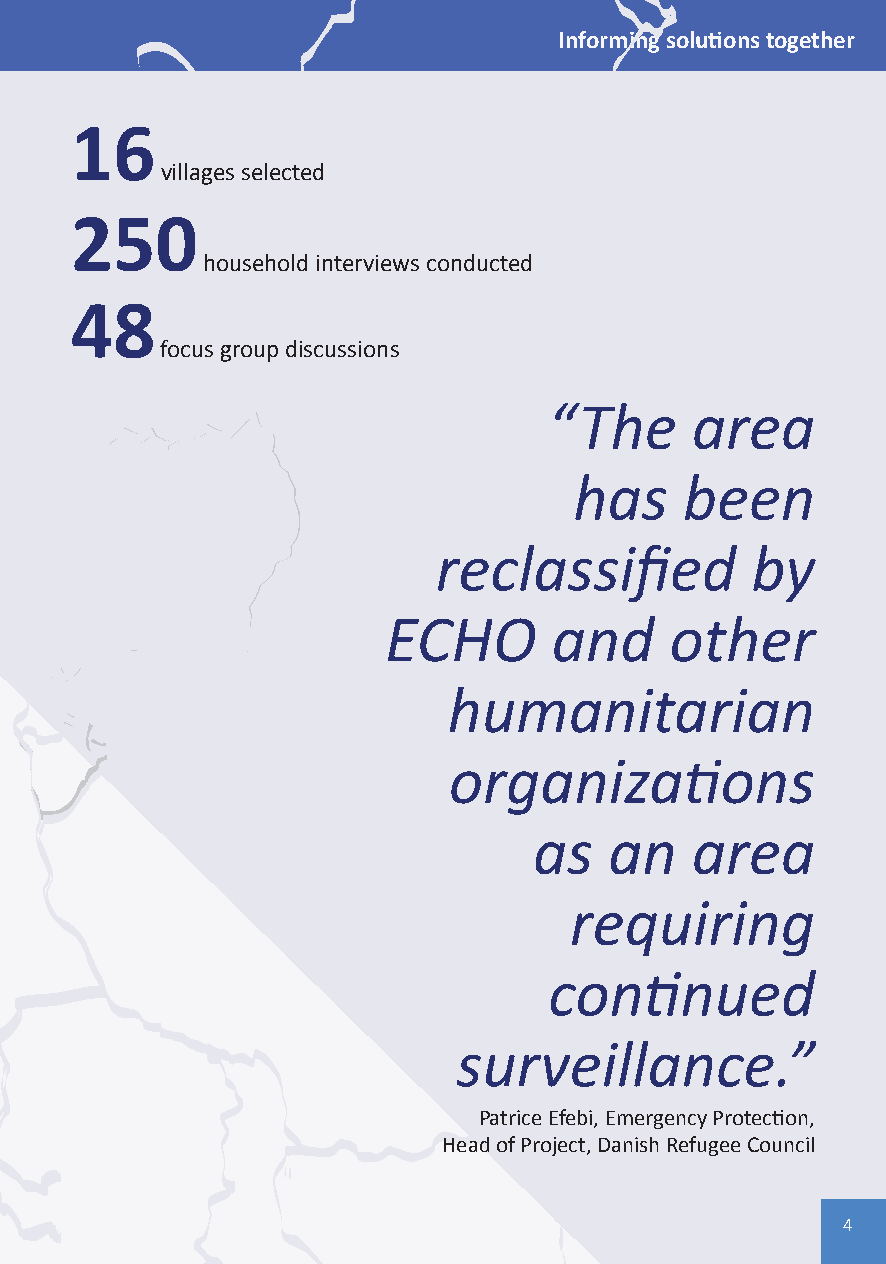
Informing solutions together
 16
 villages selected
 250
 South Sudan
 household interviews conducted
 48
 focus group discussions
 “The      area
 has    been
 reclassified         by
 ECHO        and    other
 humanitarian
 organizations
 as   an    area
 requiring
 continued
 surveillance.”
 Patrice Efebi, Emergency Protection,
 Head of Project, Danish Refugee Council
 4